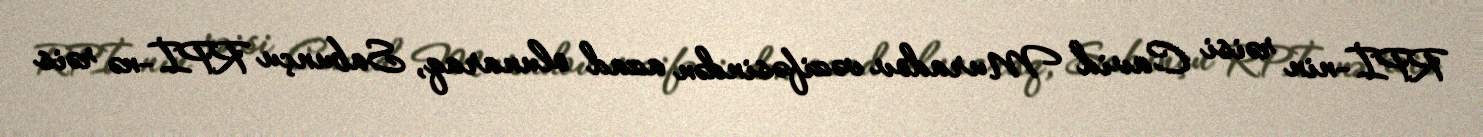
RPİ-nin rəisi Cavid Muradov vəzifəsindən azad olunaraq, Sabunçu RPİ-nə rəis